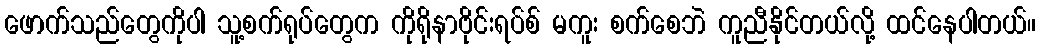
ဖောက်သည်တွေကိုပါ သူ့စက်ရုပ်တွေက ကိုရိုနာဗိုင်းရပ်စ် မကူး စက်စေဘဲ ကူညီနိုင်တယ်လို့ ထင်နေပါတယ်။